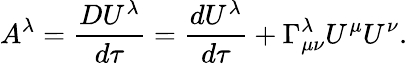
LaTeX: A^{\lambda}=\frac{DU^{\lambda}}{d\tau}=\frac{dU^{\lambda}}{d\tau}+\Gamma_{\mu\nu}^{\lambda}U^{\mu}U^{\nu}.